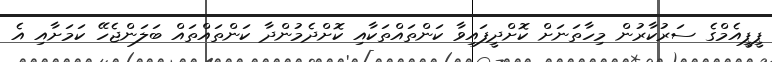
ޕީޕީއެމްގެ ސަރުކާރުން މިހާތަނަށް ކޮށްދީފައިވާ ކަންތައްތަކާއި ކޮށްދެމުންދާ ކަންތައްތައް ބަލަންޖެހޭ ކަމަށާއި އެ